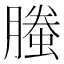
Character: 螣